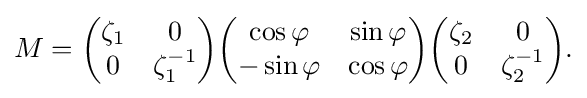
\displaystyle {M={\begin{pmatrix}\zeta _{1}&0\\0&\zeta _{1}^{-1}\end{pmatrix}}{\begin{pmatrix}\cos \varphi &\sin \varphi \\-\sin \varphi &\cos \varphi \end{pmatrix}}{\begin{pmatrix}\zeta _{2}&0\\0&\zeta _{2}^{-1}\end{pmatrix}}.}